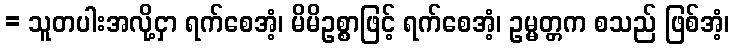
= သူတပါးအလို့ငှာ ရက်စေအံ့၊ မိမိဥစ္စာဖြင့် ရက်စေအံ့၊ ဥမ္မတ္တက စသည် ဖြစ်အံ့၊